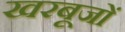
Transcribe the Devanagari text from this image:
खरबूजों